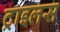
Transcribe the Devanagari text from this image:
ट्राइलस